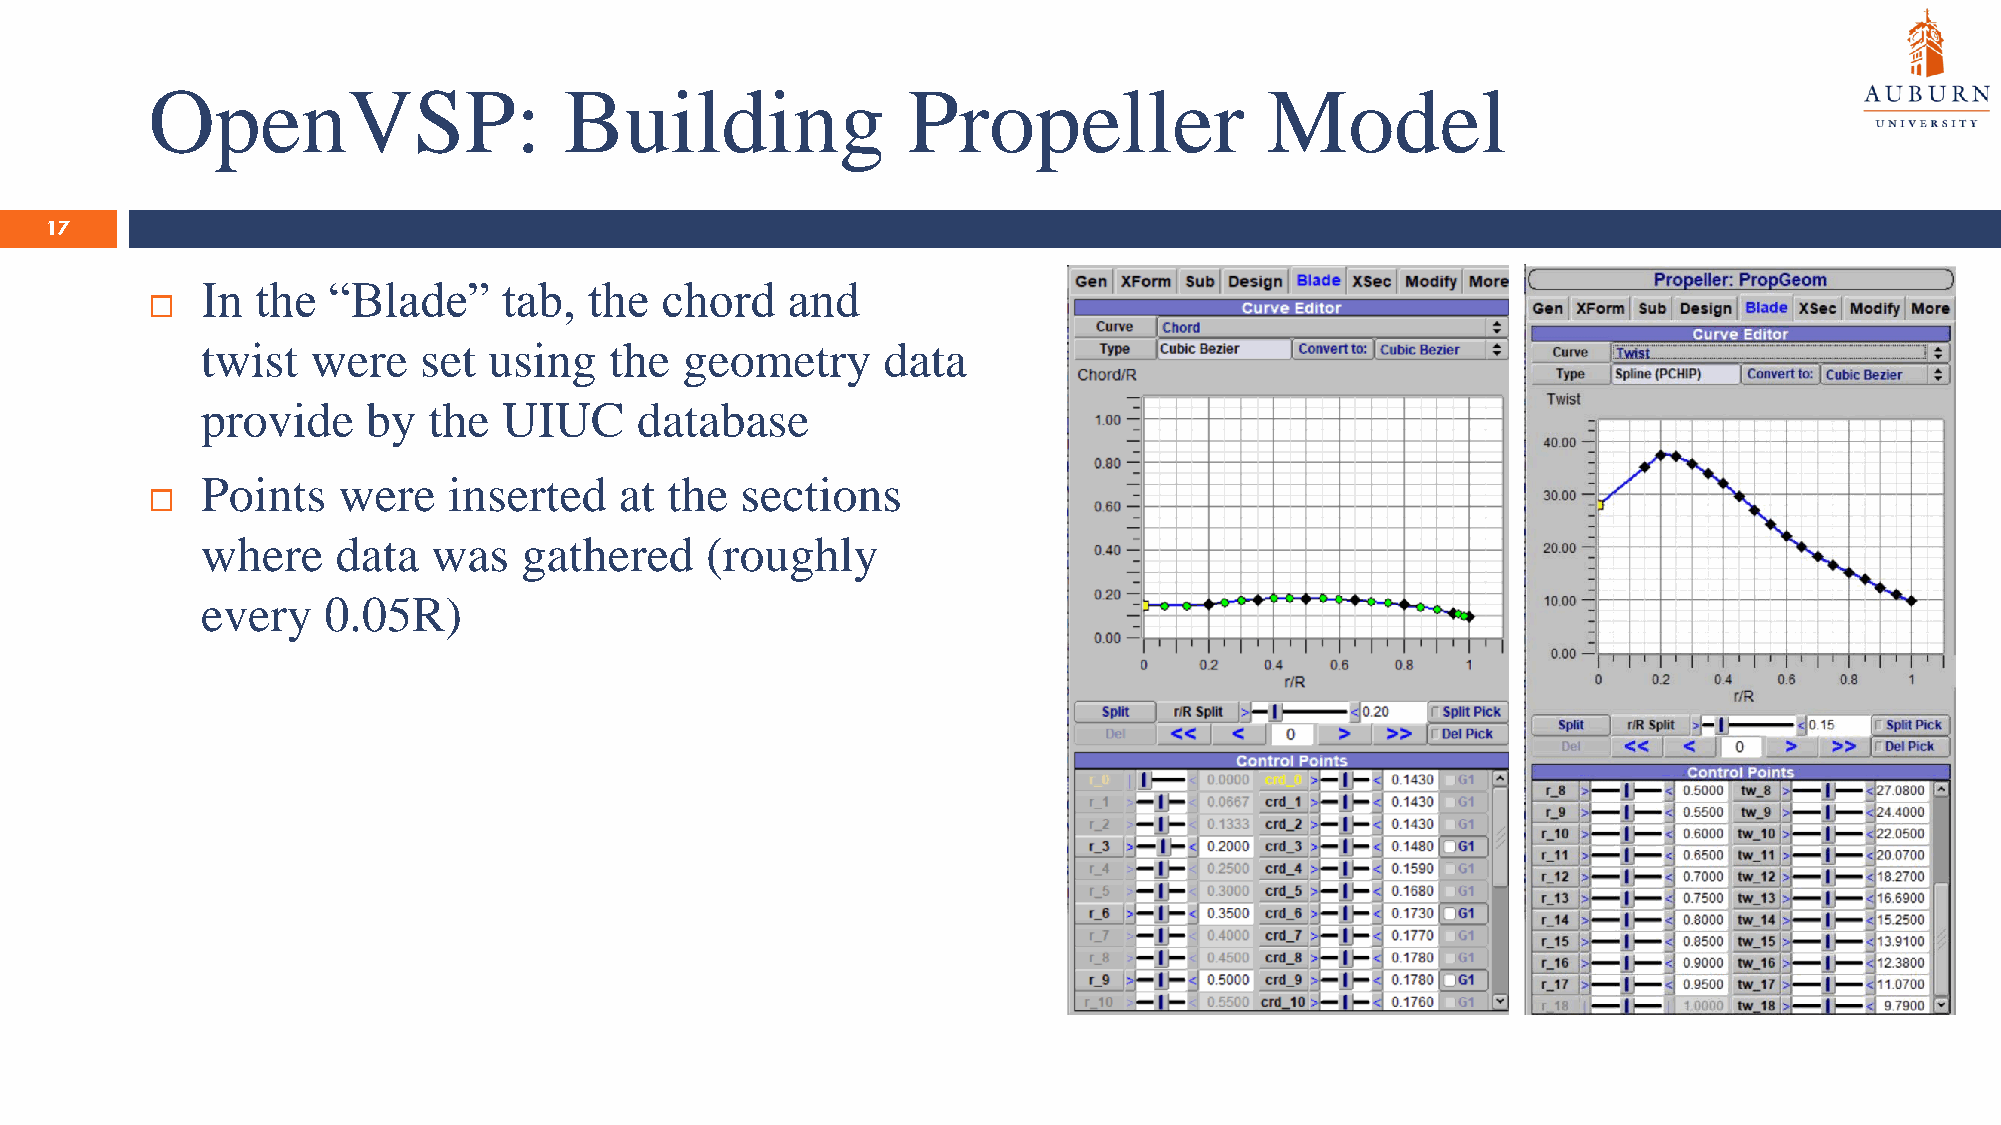
OpenVSP:                   Building               Propeller               Model
 17
 In  the  “Blade”    tab,  the  chord   and
 
 twist   were   set using   the  geometry     data
 provide    by  the  UIUC     database
 Points   were    inserted   at the  sections
 
 where    data   was   gathered    (roughly
 every   0.05R)